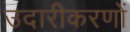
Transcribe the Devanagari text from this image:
उदारीकरणों